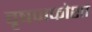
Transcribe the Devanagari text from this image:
वृषणकोशा